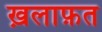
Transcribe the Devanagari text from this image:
ख़लाफ़त